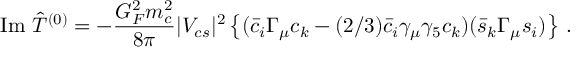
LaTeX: \mathrm { I m } \ { \hat { T } } ^ { ( 0 ) } = - \frac { G _ { F } ^ { 2 } m _ { c } ^ { 2 } } { 8 \pi } | V _ { c s } | ^ { 2 } \left\{ ( { \bar { c } } _ { i } \Gamma _ { \mu } c _ { k } - ( 2 / 3 ) { \bar { c } } _ { i } \gamma _ { \mu } \gamma _ { 5 } c _ { k } ) ( { \bar { s } } _ { k } \Gamma _ { \mu } s _ { i } ) \right\} \, .